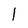
Character: 1